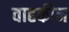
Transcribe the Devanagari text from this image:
वाहकीन